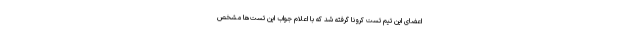
اعضای این تیم تست کرونا گرفته شد که با اعلام جواب این تست‌ها مشخص